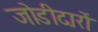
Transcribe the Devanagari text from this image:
जोडीदारों